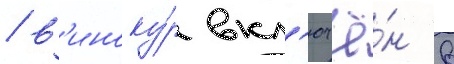
/ в'иноку́р вкл'ючё́н в